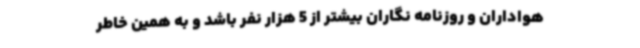
هواداران و روزنامه نگاران بیشتر از 5 هزار نفر باشد و به همین خاطر